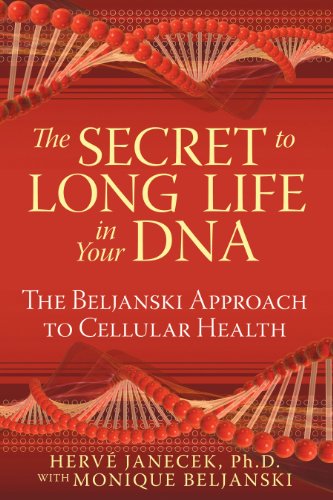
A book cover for The Secret to Long Life in Your DNA: The Beljanski Approach to Cellular Health; HervÃ© Janecek Ph.D.; Health, Fitness & Dieting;